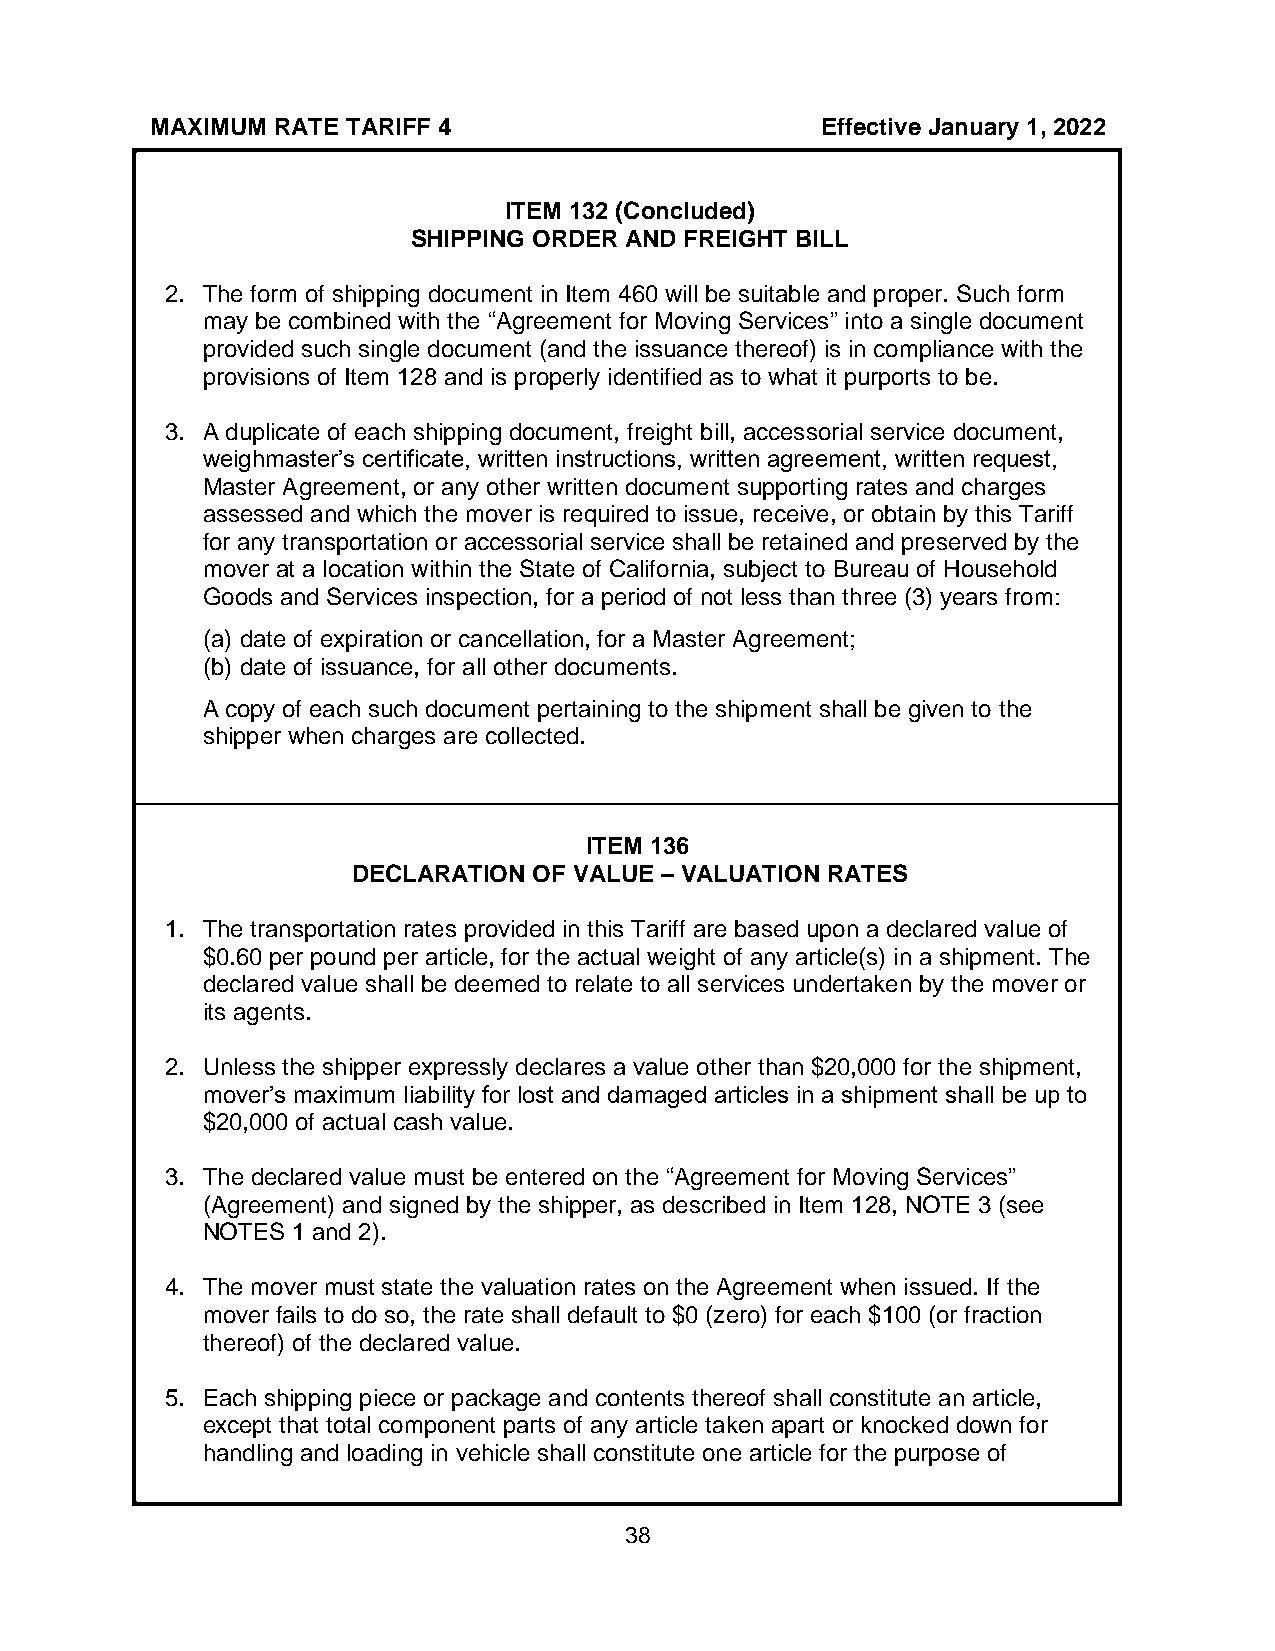
MAXIMUM RATE TARIFF 4                       Effective January 1, 2022
 ITEM 132 (Concluded)
 SHIPPING ORDER AND FREIGHT BILL
 2. The form of shipping document in Item 460 will be suitable and proper. Such form
 may be combined with the “Agreement for Moving Services” into a single document
 provided such single document (and the issuance thereof) is in compliance with the
 provisions of Item 128 and is properly identified as to what it purports to be.
 3. A duplicate of each shipping document, freight bill, accessorial service document,
 weighmaster’s certificate, written instructions, written agreement, written request,
 Master Agreement, or any other written document supporting rates and charges
 assessed and which the mover is required to issue, receive, or obtain by this Tariff
 for any transportation or accessorial service shall be retained and preserved by the
 mover at a location within the State of California, subject to Bureau of Household
 Goods and Services inspection, for a period of not less than three (3) years from:
 (a) date of expiration or cancellation, for a Master Agreement;
 (b) date of issuance, for all other documents.
 A copy of each such document pertaining to the shipment shall be given to the
 shipper when charges are collected.
 ITEM 136
 DECLARATION OF VALUE – VALUATION RATES
 1. The transportation rates provided in this Tariff are based upon a declared value of
 $0.60 per pound per article, for the actual weight of any article(s) in a shipment. The
 declared value shall be deemed to relate to all services undertaken by the mover or
 its agents.
 2. Unless the shipper expressly declares a value other than $20,000 for the shipment,
 mover’s maximum liability for lost and damaged articles in a shipment shall be up to
 $20,000 of actual cash value.
 3. The declared value must be entered on the “Agreement for Moving Services”
 (Agreement) and signed by the shipper, as described in Item 128, NOTE 3 (see
 NOTES 1 and 2).
 4. The mover must state the valuation rates on the Agreement when issued. If the
 mover fails to do so, the rate shall default to $0 (zero) for each $100 (or fraction
 thereof) of the declared value.
 5. Each shipping piece or package and contents thereof shall constitute an article,
 except that total component parts of any article taken apart or knocked down for
 handling and loading in vehicle shall constitute one article for the purpose of
 38